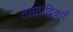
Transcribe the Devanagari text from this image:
ताम्रपट्टिकाएँ